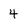
Character: 4